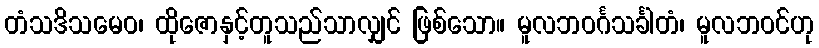
တံသဒိသမေဝ၊ ထိုဇောနှင့်တူသည်သာလျှင် ဖြစ်သော။ မူလဘဝင်္ဂသင်္ခါတံ၊ မူလဘဝင်ဟု